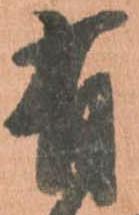
有